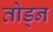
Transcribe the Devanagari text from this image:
तोड्न